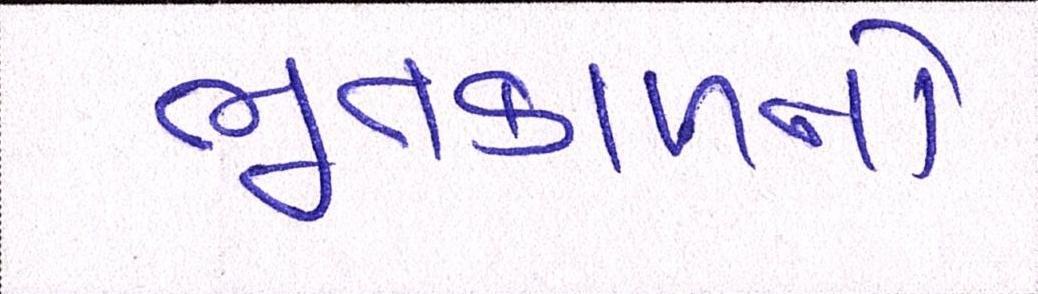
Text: ભૂતકાળનો